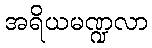
အရိယမဏ္ဍလာ